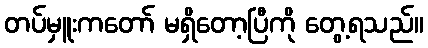
တပ်မှူးကတော် မရှိတော့ပြီကို တွေ့ရသည်။